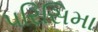
પરિસિમા